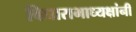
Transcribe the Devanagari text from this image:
विधासभाध्यक्षांनी